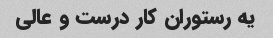
یه رستوران کار درست و عالی